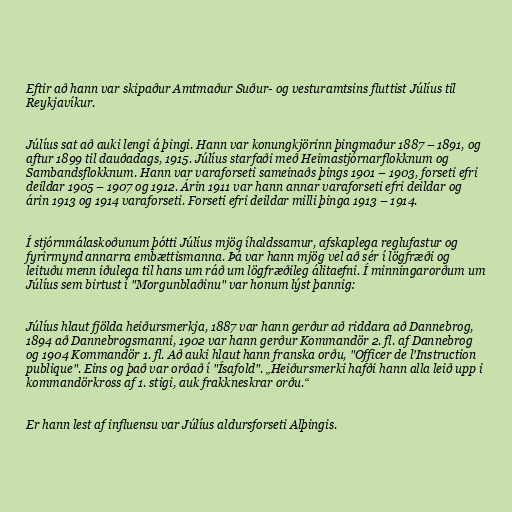
Eftir að hann var skipaður Amtmaður Suður- og vesturamtsins fluttist Júlíus til
Reykjavíkur.

Júlíus sat að auki lengi á þingi. Hann var konungkjörinn þingmaður 1887 – 1891, og
aftur 1899 til dauðadags, 1915. Júlíus starfaði með Heimastjórnarflokknum og
Sambandsflokknum. Hann var varaforseti sameinaðs þings 1901 – 1903, forseti efri
deildar 1905 – 1907 og 1912. Árin 1911 var hann annar varaforseti efri deildar og
árin 1913 og 1914 varaforseti. Forseti efri deildar milli þinga 1913 – 1914.

Í stjórnmálaskoðunum þótti Júlíus mjög íhaldssamur, afskaplega reglufastur og
fyrirmynd annarra embættismanna. Þá var hann mjög vel að sér í lögfræði og
leituðu menn iðulega til hans um ráð um lögfræðileg álitaefni. Í minningarorðum um
Júlíus sem birtust í "Morgunblaðinu" var honum lýst þannig:

Júlíus hlaut fjölda heiðursmerkja, 1887 var hann gerður að riddara að Dannebrog,
1894 að Dannebrogsmanni, 1902 var hann gerður Kommandör 2. fl. af Dannebrog
og 1904 Kommandör 1. fl. Að auki hlaut hann franska orðu, "Officer de l'Instruction
publique". Eins og það var orðað í "Ísafold". „Heiðursmerki hafði hann alla leið upp i
kommandörkross af 1. stigi, auk frakkneskrar orðu.“

Er hann lest af influensu var Júlíus aldursforseti Alþingis.